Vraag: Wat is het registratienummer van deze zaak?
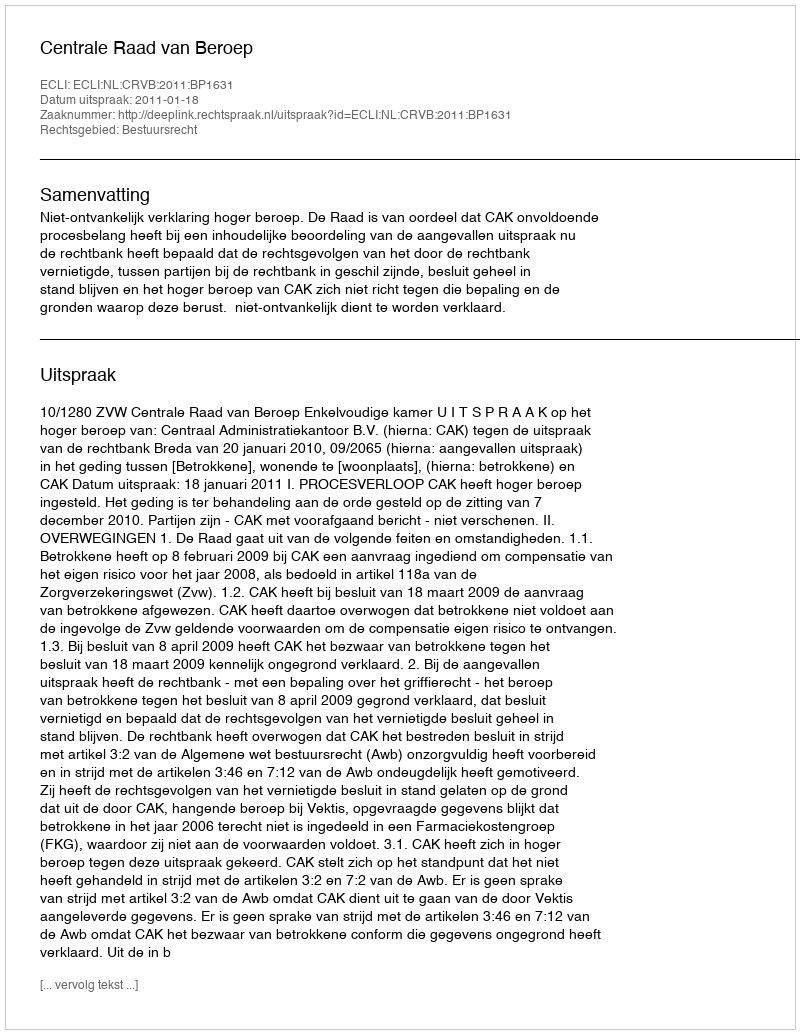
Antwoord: http://deeplink.rechtspraak.nl/uitspraak?id=ECLI:NL:CRVB:2011:BP1631